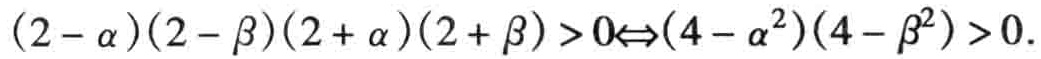
\((2 - \alpha)(2 - \beta)(2 + \alpha)(2 + \beta) > 0\Leftrightarrow(4 - \alpha^{2})(4 - \beta^{2}) > 0\)